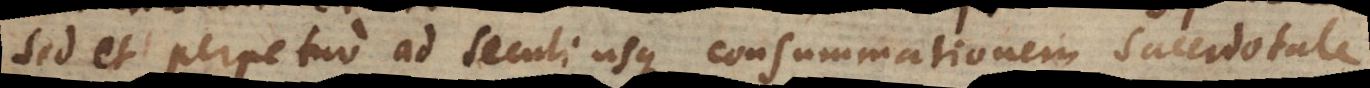
sed et perpetuo ad seculi usque consummationem sacerdotale